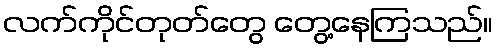
လက်ကိုင်တုတ်တွေ တွေ့နေကြသည်။